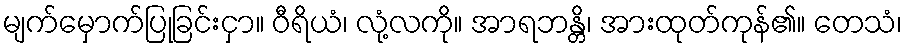
မျက်မှောက်ပြုခြင်းငှာ။ ဝီရိယံ၊ လုံ့လကို။ အာရဘန္တိ၊ အားထုတ်ကုန်၏။ တေသံ၊